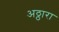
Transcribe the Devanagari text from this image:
अठ्ठारा